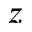
z